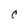
Character: C